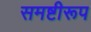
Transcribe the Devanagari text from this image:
समष्टीरूप